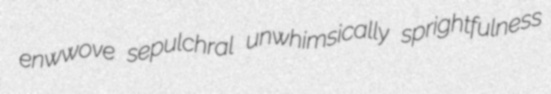
enwwove sepulchral unwhimsically sprightfulness